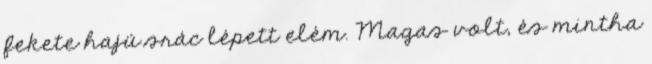
fekete hajú srác lépett elém. Magas volt, és mintha